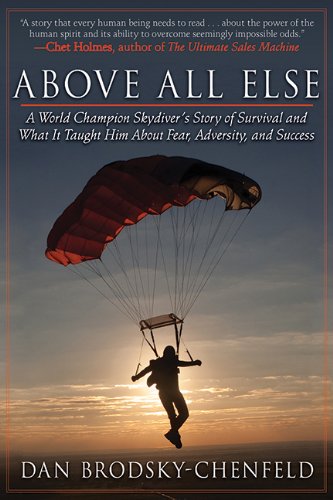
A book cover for Above All Else: A World Champion Skydiver's Story of Survival and What It Taught Him About Fear, Adversity, and Success; Dan Brodsky-Chenfeld; Sports & Outdoors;